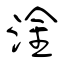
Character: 淦